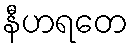
နီဟရတေ